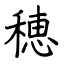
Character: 穂